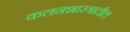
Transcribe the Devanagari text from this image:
कलनशास्त्रातील